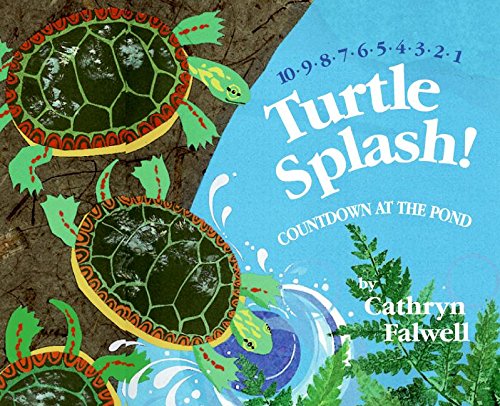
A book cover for Turtle Splash!: Countdown at the Pond; Cathryn Falwell; Children's Books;